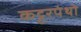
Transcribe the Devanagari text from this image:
कट्टरपंथो